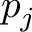
p _ { j }